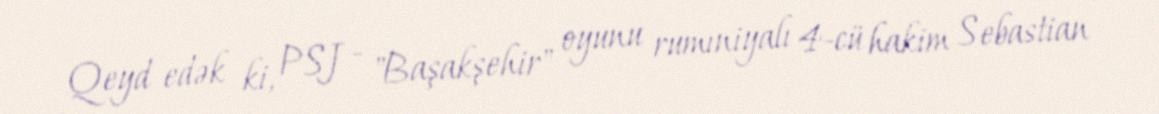
Qeyd edək ki, PSJ - "Başakşehir" oyunu rumıniyalı 4-cü hakim Sebastian